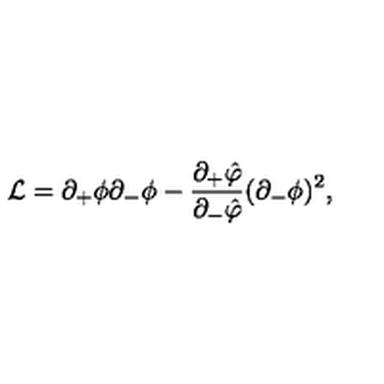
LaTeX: { \cal L } = \partial _ { + } \phi \partial _ { - } \phi - { \frac { \partial _ { + } \hat { \varphi } } { \partial _ { - } \hat { \varphi } } } ( \partial _ { - } \phi ) ^ { 2 } ,